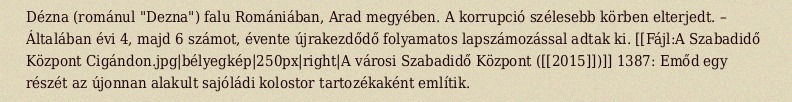
Dézna (románul "Dezna") falu Romániában, Arad megyében. A korrupció szélesebb körben elterjedt. – Általában évi 4, majd 6 számot, évente újrakezdődő folyamatos lapszámozással adtak ki. [[Fájl:A Szabadidő Központ Cigándon.jpg|bélyegkép|250px|right|A városi Szabadidő Központ ([[2015]])]] 1387: Emőd egy részét az újonnan alakult sajóládi kolostor tartozékaként említik.